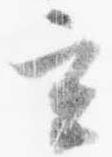
玄